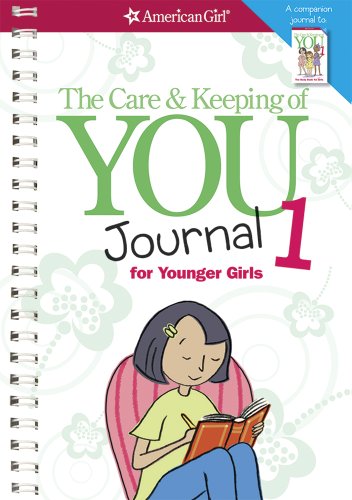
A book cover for The Care and Keeping of You Journal (Revised): for Younger Girls (American Girl); Children's Books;